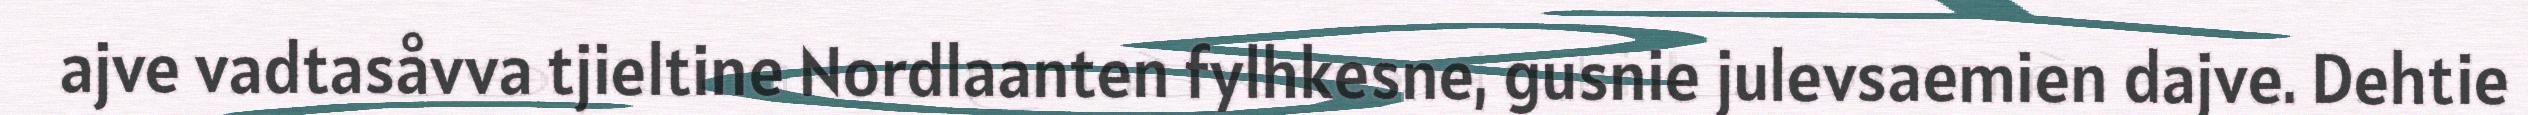
ajve vadtasåvva tjieltine Nordlaanten fylhkesne, gusnie julevsaemien dajve. Dehtie